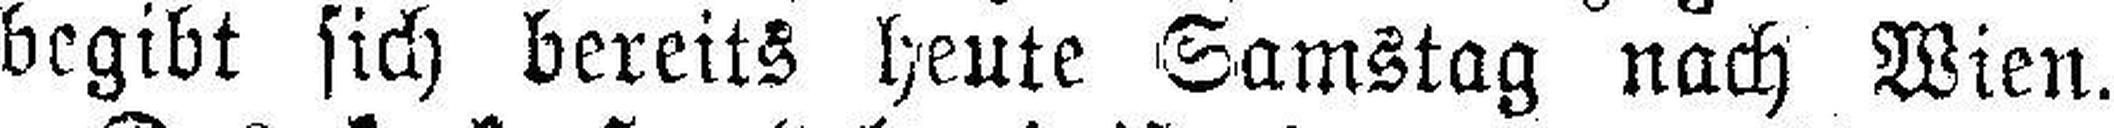
begibt sich bereits heute Samstag nach Wien.